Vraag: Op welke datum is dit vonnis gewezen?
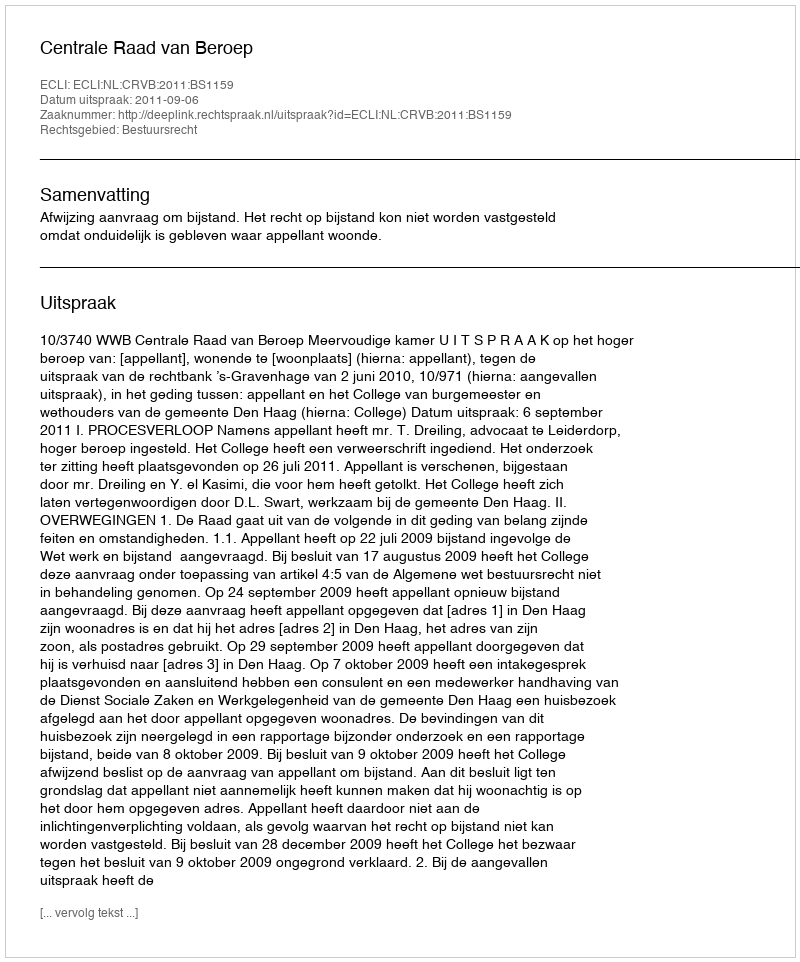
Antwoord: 2011-09-06